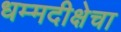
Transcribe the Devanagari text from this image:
धम्मदीक्षेचा